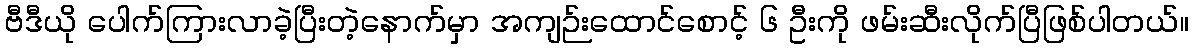
ဗီဒီယို ပေါက်ကြားလာခဲ့ပြီးတဲ့နောက်မှာ အကျဉ်းထောင်စောင့် ၆ ဦးကို ဖမ်းဆီးလိုက်ပြီဖြစ်ပါတယ်။